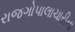
રાજગોપાલાચારીના